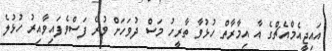
އައިޖީއެމްއެޗްގެ އާ އިމާރާތް ހުޅުވާ ތާރީހު މަސް ދުވަހަށް ވުރެ ފަސްވެފައިވާއިރު ހުޅުލެ